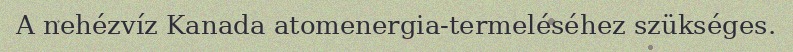
A nehézvíz Kanada atomenergia-termeléséhez szükséges.